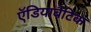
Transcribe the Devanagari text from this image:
ऍडियाबैटिक